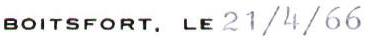
BOITSFORT. LE 21/4/66